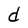
Character: d